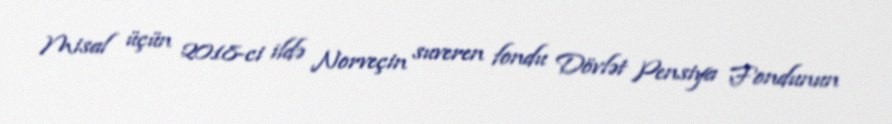
Misal üçün 2018-ci ildə Norveçin suveren fondu Dövlət Pensiya Fondunun